Annual administration report of the Civil Veterinary Department of India - 1893-1894
Year: 1893
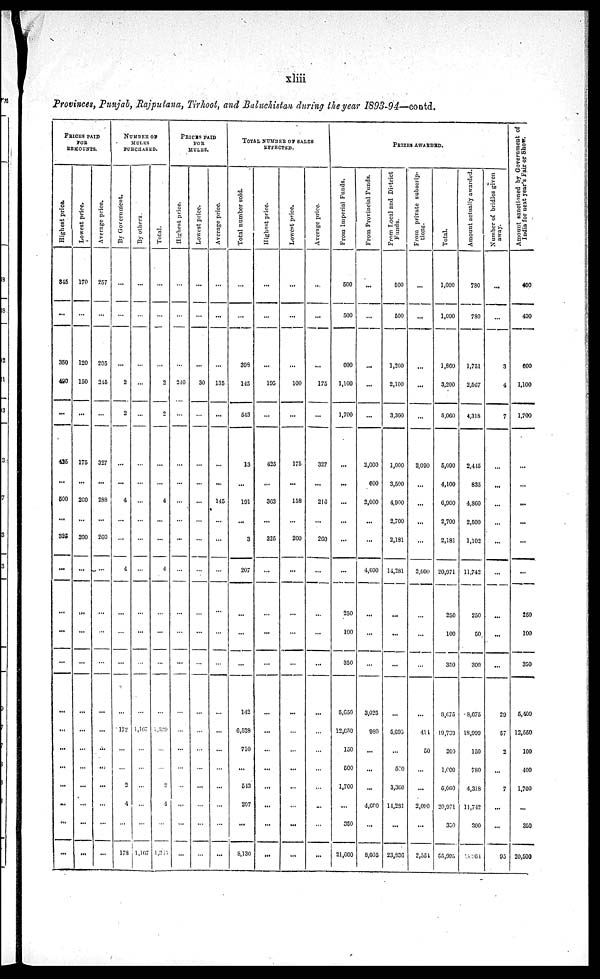
xliii
Provinces, Punjab, Rajputana, Tirhoot, and Baluchistan during the year 1893-94—contd.
PRICES PAID
FOR
REMOUNTS.
Highest price.
845
...
350
490
...
425
...
500
...
325
...
...
...
...
...
...
...
...
...
...
...
...
Lowe s t price.
170
...
120
150
...
175
...
200
...
200
...
...
...
...
...
...
...
...
...
...
...
...
Ave r
a ge price.
257
...
205
245
...
327
...
288
...
260
...
...
...
...
...
...
...
...
...
...
...
...
NUMBER OF
MULES
PURCHASED.
By Government.
...
...
...
2
2
...
...
4
...
...
4
...
...
...
...
172
...
...
2
4
...
178
By others.
...
...
...
...
...
...
...
...
...
...
...
...
...
...
...
1,167
...
...
...
...
...
1,167
Total.
...
...
...
2
2
...
...
4
...
...
4
...
...
...
...
1339
...
...
2
...
...
1,315
PRICES
PAID
FOR
MULES.
Hi ghes t price.
...
...
...
210
...
...
...
...
...
...
...
...
...
...
...
...
...
...
...
...
...
...
Lowest price.
...
...
...
30
...
...
...
...
...
...
...
...
...
...
...
...
...
...
...
...
...
...
Ave r
a ge price.
...
...
...
135
...
...
...
145
...
...
...
...
...
...
...
...
...
...
...
...
...
...
TOTAL
NUMBER
OF
SALES
EFFECTED.
Total number sold.
...
...
398
145
543
13
...
191
...
3
207
...
...
...
142
6,528
710
...
543
207
...
8,130
Hi ghes t price.
...
...
...
195
...
425
...
363
...
325
...
...
...
...
...
...
...
...
...
...
...
...
Lowest price.
...
...
...
100
...
175
...
158
...
200
...
...
...
...
...
...
...
...
...
...
...
...
Ave r
a ge price.
...
...
...
175
...
327
...
210
...
260
...
...
...
...
...
...
...
...
...
...
...
...
PRIZES
AWARDED.
Fr om Imperial Funds.
500
500
600
1,100
1,700
...
...
...
...
...
...
250
100
350
5,650
12,650
150
500
1,700
...
350
21,000
Fr om Provincial Funds.
...
...
...
...
...
2,000
600
2,000
...
...
4,600
...
...
...
3,025
980
...
...
...
4,600
...
8,605
Fr om Local and District
Funds .
500
500
l,260
2,100
3,360
1,000
3,500
4,900
2,700
2,181
14,281
...
...
...
...
5,695
...
580
3,360
14,281
...
23,836
Fr om private subscrip-
tions.
...
...
...
...
...
2,090
...
...
...
...
2,090
...
...
...
...
414
50
...
...
2,090
...
2,554
Total.
1,000
1,000
1,860
3,200
5,060
5,090
4,100
6,900
2,700
2,181
20,971
250
100
350
8,675
19,739
200
1,000
5,069
20,971
350
55,995
Amount actually awarded.
780
780
1,751
2,567
4,318
2,415
835
4,860
2,500
1,102
11,742
250
50
300
8,675
18,999
150
780
4,318
11,742
300
964
Nu mb e r of bridles given
away.
...
...
3
4
7
...
...
...
...
...
...
...
...
...
29
57
2
...
7
...
...
95
Amount sanctioned by G
India for next year’s Fai
400
400
600
1,100
1,700
...
...
...
...
...
...
250
100
350
5,400
12,550
100
400
1,700
...
350
20,500